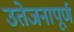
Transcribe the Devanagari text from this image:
उतेजनापूर्ण